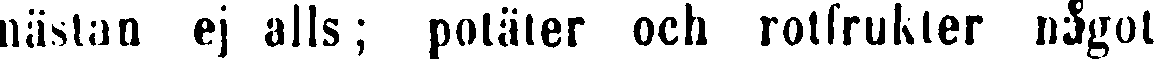
nästan ej alls; potäter och rotfrukter något